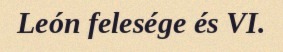
León felesége és VI.